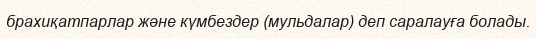
брахиқатпарлар және күмбездер (мульдалар) деп саралауға болады.